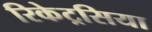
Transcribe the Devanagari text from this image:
रिकेट्रसिया